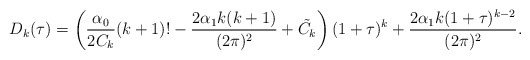
\begin{align*}D_{k}(\tau)=\left(\frac{\alpha_{0}}{2C_{k}}(k+1)!-\frac{2\alpha_{1}k(k+1)}{(2\pi)^{2}}+\tilde{C_{k}}\right)(1+\tau)^{k}+\frac{2\alpha_{1}k(1+\tau)^{k-2}}{(2\pi)^{2}}.\end{align*}